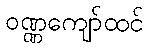
ဝဏ္ဏကျော်ထင်